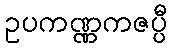
ဥပကဏ္ဏကဇပ္ပီ